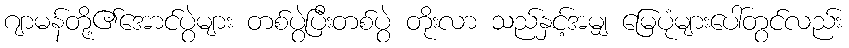
ဂျာမန်တို့၏အောင်ပွဲများ တစ်ပွဲပြီးတစ်ပွဲ တိုးလာ သည်နှင့်အမျှ မြေပုံများပေါ်တွင်လည်း